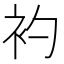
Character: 𧘑